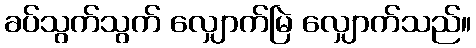
ခပ်သွက်သွက် လျှောက်မြဲ လျှောက်သည်။